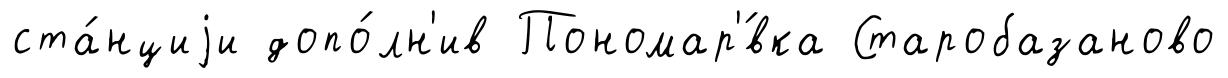
ста́нциjи допо́лн'ив Пономар'́вка Старобазаново